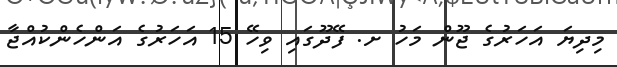
މިދިޔަ އަހަރުގެ ޖޫން މަހު ށ. ފޭދޫގައި ވިހޭ 15 އަހަރުގެ އަންހެންކުއްޖާ